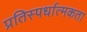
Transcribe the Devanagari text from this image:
प्रतिस्‍पर्धात्‍मकता